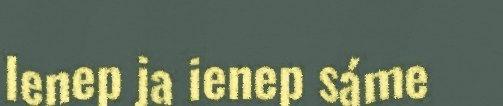
Ienep ja ienep sáme